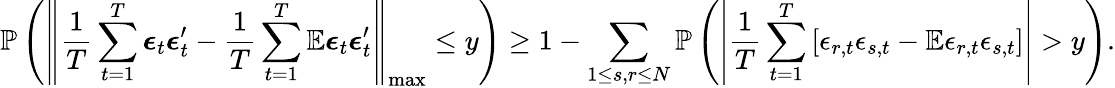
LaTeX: \mathbb{P}\left(\left\lVert\frac{1}{T}\sum_{t=1}^{T}\boldsymbol{\epsilon}_{t}\boldsymbol{\epsilon}_{t}^{\prime}-\frac{1}{T}\sum_{t=1}^{T}\mathbb{E}\boldsymbol{\epsilon}_{t}\boldsymbol{\epsilon}_{t}^{\prime}\right\rVert_{\operatorname*{max}}\leq y\right)\geq 1-\sum_{1\leq s,r\leq N}\mathbb{P}\left(\left\lvert\frac{1}{T}\sum_{t=1}^{T}\left[\epsilon_{r,t}\epsilon_{s,t}-\mathbb{E}\epsilon_{r,t}\epsilon_{s,t}\right]\right\rvert>y\right).